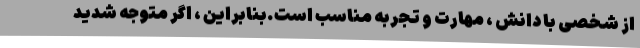
از شخصی با دانش ، مهارت و تجربه مناسب است.بنابراین ، اگر متوجه شدید